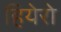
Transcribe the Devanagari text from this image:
हियेरो